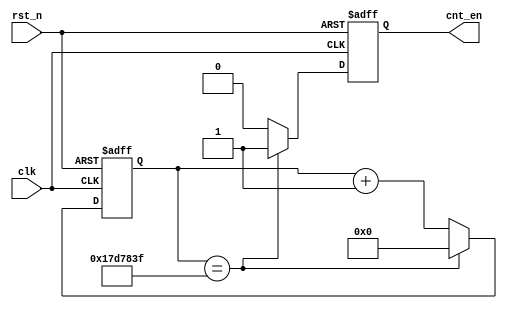
`timescale 1ns / 1ps
module ShowDiv(                           //50MHz2Hz
    input clk,                        //50MHz
    input rst_n,                      //
    output reg cnt_en                 //
    );
	 
 	 reg [24:0] cnt_div;               //50MHz

always@(posedge clk or negedge rst_n) //clkrst_n
     begin
         if(~rst_n)
             cnt_div <= 25'h0;
         else if(cnt_div == 25'd24_999_999)
             cnt_div <= 25'h0;
        else
            cnt_div <= cnt_div + 25'h1;
    end

always@(posedge clk or negedge rst_n)
    begin
        if(~rst_n)
             cnt_en <= 1'b0;
         else if(cnt_div == 25'd24_999_999)
             cnt_en <= 1'b1;
        else
            cnt_en <= 1'b0;
    end

endmodule